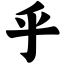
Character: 乎